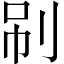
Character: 𠜏